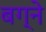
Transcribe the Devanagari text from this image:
बग्ने